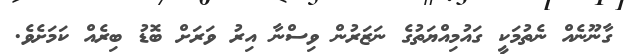
ގާނޫނެއް ނެތުމަކީ ގައުމިއްޔަތުގެ ނަޒަރުން ވިސްނާ އިރު ވަރަށް ބޮޑު ބިރެއް ކަމަށެވެ.